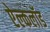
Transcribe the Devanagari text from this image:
ऐल्कलॉड